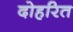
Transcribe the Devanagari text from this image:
दोहरित